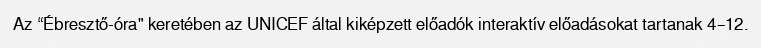
Az “Ébresztő-óra" keretében az UNICEF által kiképzett előadók interaktív előadásokat tartanak 4–12.